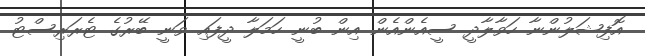
އޮފިޝަލުންނާ ހަވާލާދީ ސީއެންއެން އިން ބުނީ ހަމަލާ ދީފައި ވަނީ ބޭރުގެ ޓެރަރިސްޓު